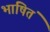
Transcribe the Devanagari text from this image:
भाषितं